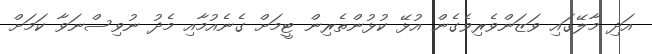
އަދި މާލޭގައި ވަޒަންވެރިވެގެން އުޅޭ ކުޅުންތެރިން ޓީމަށް ގެނެއުމާއި މެދު ނުވިސްނަވާ ކަމަށް